Lunatic asylums in Bengal annual reports 1912-1924 - 1912-1924
Year: 1912
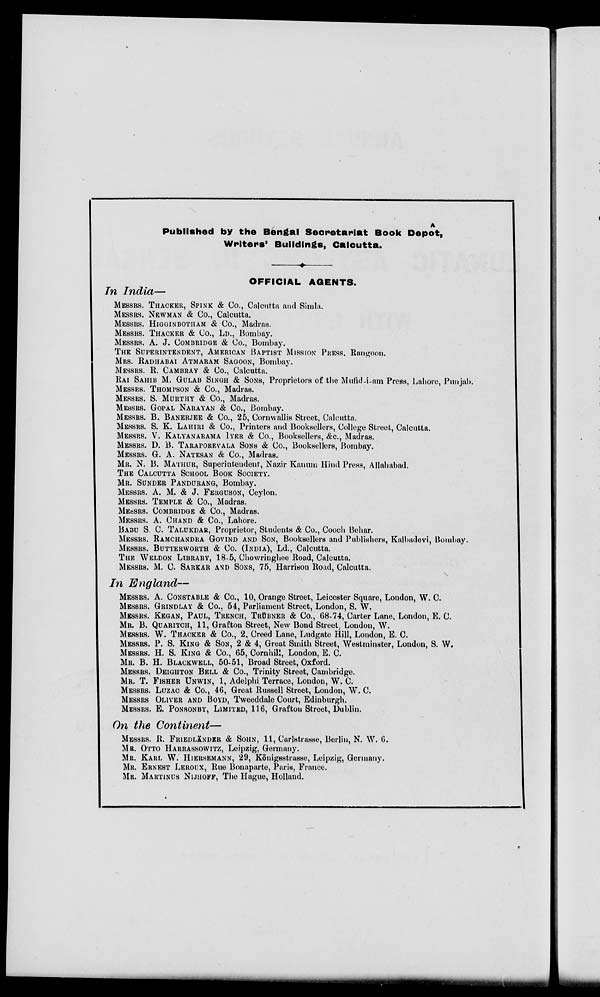
A
Published by the Bengal Secretariat Book Depot,
Writers' Buildings, Calcutta.
OFFICIAL AGENTS.
In India—
MESSRS. THACKER, SPINK & Co., Calcutta and Simla.
MESSRS. NEWMAN & Co., Calcutta.
MESSRS. HIGGINBOTHAN & Co., Madras.
MESSRS. THACKER & Co., LD., Bombay.
MESSRS. A. J. COMBRIDGE & Co., Bombay.
THE SUPERINTENDENT, AMIRICAN BAPTIST MISSION PRESS. Rangoon.
MRS. RADHABAI ATMARAM SAGOON, Bombay.
MESSRS. R. CAMBRAY & Co., Calcutta.
RAI SAHIB M. GULAB SINGH & SONS, Proprietors of the Mufid-i-am Press, Lahore, Punjab.
MESSRS. THOMPSON & Co., Madras.
MESSRS. S. MURTHY & Co., Madras.
MESSRS. GOPAL NARAYAN & Co., Bombay.
MESSRS. B. BANERJEE & Co., 25, Cornwallis Street, Calcutta.
MESSRS. S. K. LAHIRI & Co., Printers and Booksellers, College Street, Calcutta.
MESSRS. V. KALYANARAMA IYER & Co., Booksellers, &c., Madras.
MESSRS. D. B. TARAPOREVALA SONS & Co., Booksellers, Bombay.
MESSRS. G. A. NATESAN & Co., Madras.
MR. N. B. MATHUR, Superintendent, Nazir Kanum Hind Press, Allahabad.
THE CALCUTTA SCHOOL BOOK SOCIETY.
MR. SUNDER PANDURANG, Bombay.
MESSRS. A. M. & J. FERGUSON, Ceylon.
MESSRS. TEMPLE & Co., Madras.
MESSRS. COMBRIDGE & Co., Madras.
MESSRS. A. CHAND & Co., Lahore.
BABU S. C. TALUKADAR Proprietor, Students & Co., Cooch Behar.
MESSRS. RAMCHANDRA GONIND AND SON, Booksellers and Publishers, Kalbadevi, Bombay.
MESSRS. BUTTERWORTH & Co. (INDIA), Ld., Calcutta.
THE WELDON LIBRARY, 18-5, Chowringhee Road, Calcutta.
MESSRS. M. C. SARKAR AND SONS, 75, Harrison Road, Calcutta.
In England—
MESSRS. A. CONSTABLE & Co., 10, Orange Street, Leicester Square, London, W. C.
MESSRS. GRINDLAY & Co., 54, Parliament Street, London, S. W.
MESSRS. KEGAN, PAUL, TRENCH, TRÜBNER & Co., 68-74, Carter Lane, London, E. C.
MR. B. QUARITCH, 11, Grafton Street, New Bond Street, London, W.
MESSRS. W. THACKER & Co., 2, Creed Lane, Ludgate Hill, London, E. C.
MESSRS. P. S. KING & SON, 2 & 4, Great Smith Street, Westminster, London, S. W.
MESSRS. H. S. KING & Co., 65, Cornhill, London, E. C.
MR. B. H. BLACKWELL, 50-51, Broad Street, Oxford.
MESSRS. DEIGHTON BELL & Co., Trinity Street, Cambridge.
MR. T. FISHER UNWIN, 1, Adelphi Terrace, London, W. C.
MESSRS. LUZAC & Co., 46, Great Russell Street, London, W. C.
MESSRS OLIVER AND BOYD, Tweeddale Court, Edinburgh.
MESSRS. E. PONSONBY, LIMITED, 116, Grafton Street, Dublin.
On the Continent—
MESSRS. R. FRIEDLÄNDER & SOHN, 11, Carlstrasse, Berlin, N. W. 6.
MR. OTTO HARRASSOWITZ, Leipzig, Germany.
MR. KARL W. HIERSEMANN, 29, Königsstrasse, Leipzig, Germany.
MR. ERNEST LEROUX, Rue Bonaparte, Paris, France.
MR. MARTINCS NIJHOFF, The Hague, Holland.